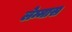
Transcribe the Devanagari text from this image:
लेम्मास